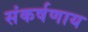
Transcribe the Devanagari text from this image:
संकर्षणाय